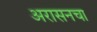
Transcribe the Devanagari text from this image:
अरासनचा